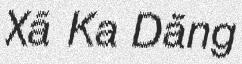
Xã Ka Dăng